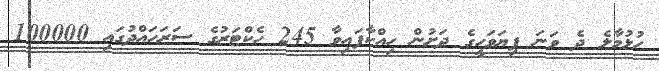
ހުޅުމާލެ ދެ ވަނަ ފިޔަވަހީގެ ދަށުން ހިއްކާފައިވާ 245 ހެކްޓަރުގެ ސަރަހައްދުގައި 100000